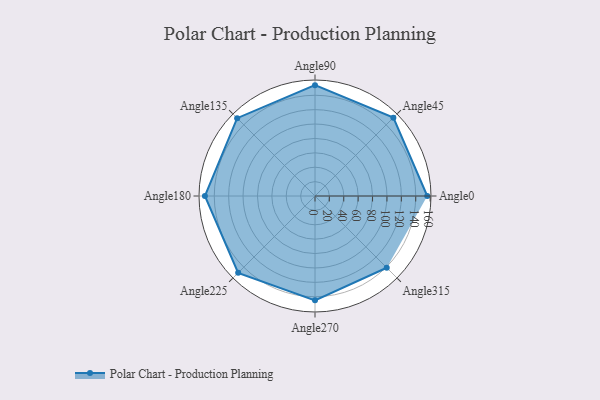
{"axis": {"x": "Angle", "y": "Radius"}, "legend": [""], "data": [{"x": "Angle0", "y": 156.0, "type": ""}, {"x": "Angle45", "y": 154.0, "type": ""}, {"x": "Angle90", "y": 154.0, "type": ""}, {"x": "Angle135", "y": 153.0, "type": ""}, {"x": "Angle180", "y": 153.0, "type": ""}, {"x": "Angle225", "y": 151.0, "type": ""}, {"x": "Angle270", "y": 145.0, "type": ""}, {"x": "Angle315", "y": 141.0, "type": ""}]}